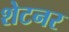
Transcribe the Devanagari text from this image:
शेटनर